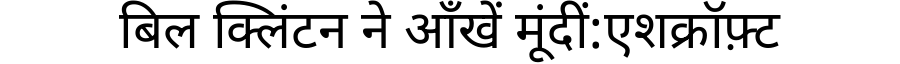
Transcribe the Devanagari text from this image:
बिल क्लिंटन ने आँखें मूंदीं:एशक्रॉफ़्ट